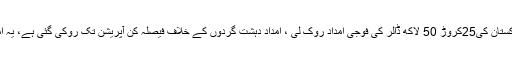
تفصیلات کے مطابق ترجمان وائٹ ہاؤس کا کہنا ہے کہ امریکا نے پاکستان کی25کروڑ 50 لاکھ ڈالر کی فوجی امداد روک لی ، امداد دہشت گردوں کے خلاف فیصلہ کن آپریشن تک روکی گئی ہے، یہ امداد ایک اعشاریہ ایک ارب ڈالر ملٹری اسسٹینس پروگرام کا حصہ ہے۔